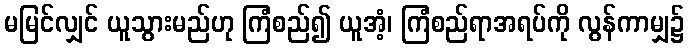
မမြင်လျှင် ယူသွားမည်ဟု ကြံစည်၍ ယူအံ့၊ ကြံစည်ရာအရပ်ကို လွန်ကာမျှ၌